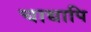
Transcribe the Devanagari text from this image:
चाद्यापि